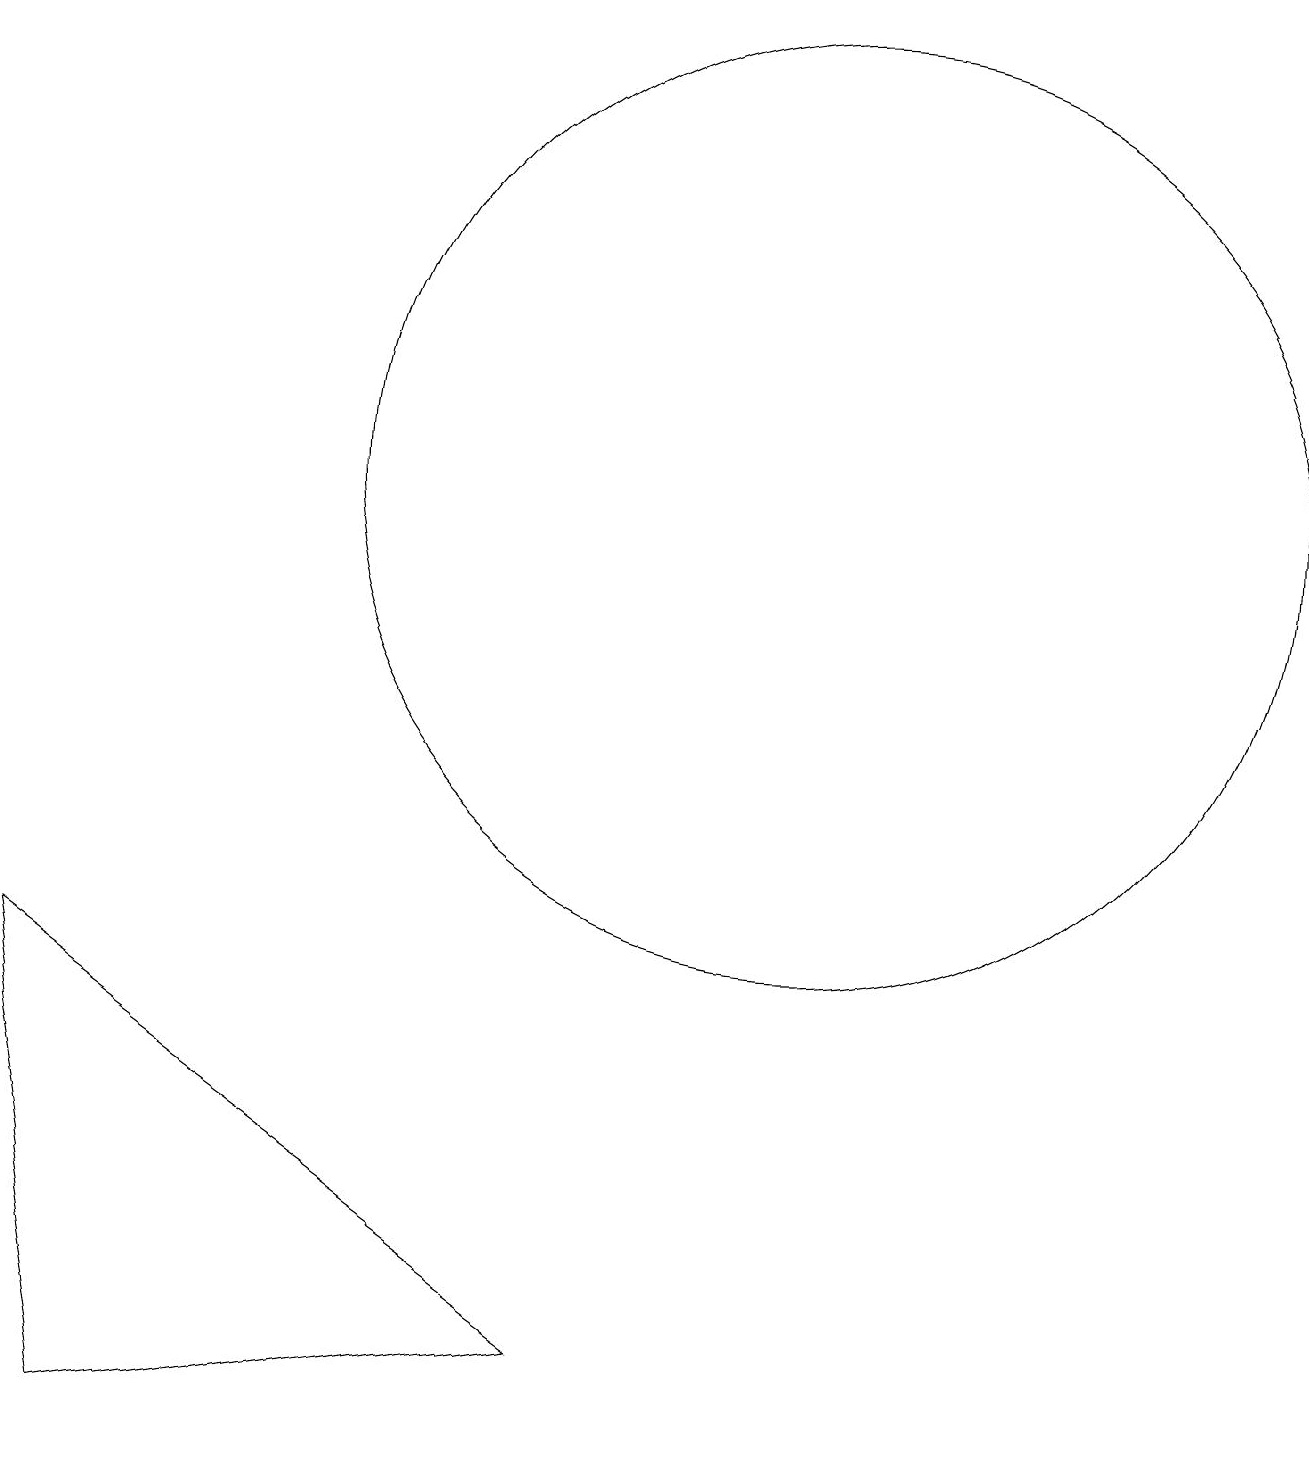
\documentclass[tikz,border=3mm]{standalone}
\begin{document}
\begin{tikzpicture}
\draw (10,12) circle (6);
\draw (10,12) circle (0);
\draw (0,6) -- (7,1) -- (1,0) -- cycle;
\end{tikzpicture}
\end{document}